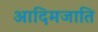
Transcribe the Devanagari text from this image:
आदिमजाति